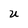
Character: U